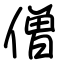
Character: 僧